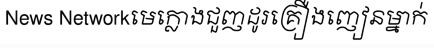
News Networkមេក្លោងជួញដូរគ្រឿងញៀនម្នាក់